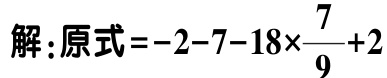
解：原式\(=-2 - 7 - 18\times\frac{7}{9}+2\)